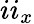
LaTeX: ii_{x}